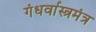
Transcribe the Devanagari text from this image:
गंधर्वास्त्रमंत्र